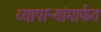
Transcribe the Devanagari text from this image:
व्यापाऱ्यांमार्फत